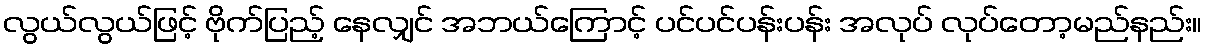
လွယ်လွယ်ဖြင့် ဗိုက်ပြည့် နေလျှင် အဘယ်ကြောင့် ပင်ပင်ပန်းပန်း အလုပ် လုပ်တော့မည်နည်း။